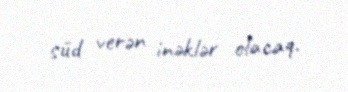
süd verən inəklər olacaq.